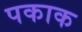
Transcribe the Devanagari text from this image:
पकाक